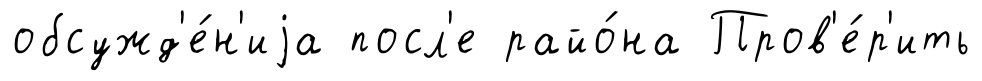
обсужд'е́н'иjа посл'е райо́на Пров'е́р'ить